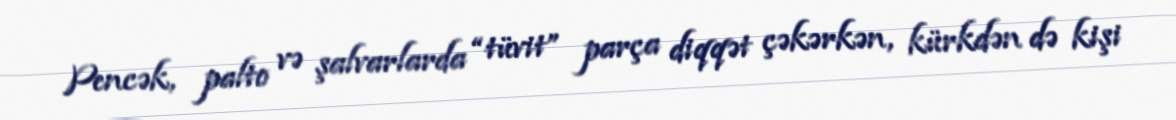
Pencək, palto və şalvarlarda “tüvit” parça diqqət çəkərkən, kürkdən də kişi